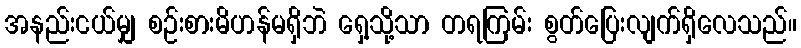
အနည်းငယ်မျှ စဉ်းစားမိဟန်မရှိဘဲ ရှေ့သို့သာ တရကြမ်း စွတ်ပြေးလျက်ရှိလေသည်။